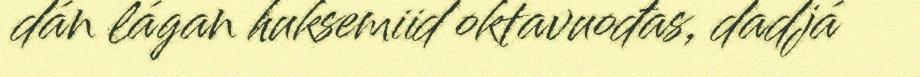
dán lágan huksemiid oktavuođas, dadjá